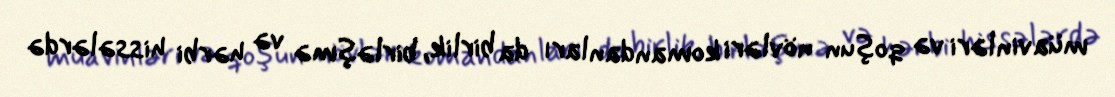
müavinləri və qoşun növləri komandanları da birlik, birləşmə və hərbi hissələrdə